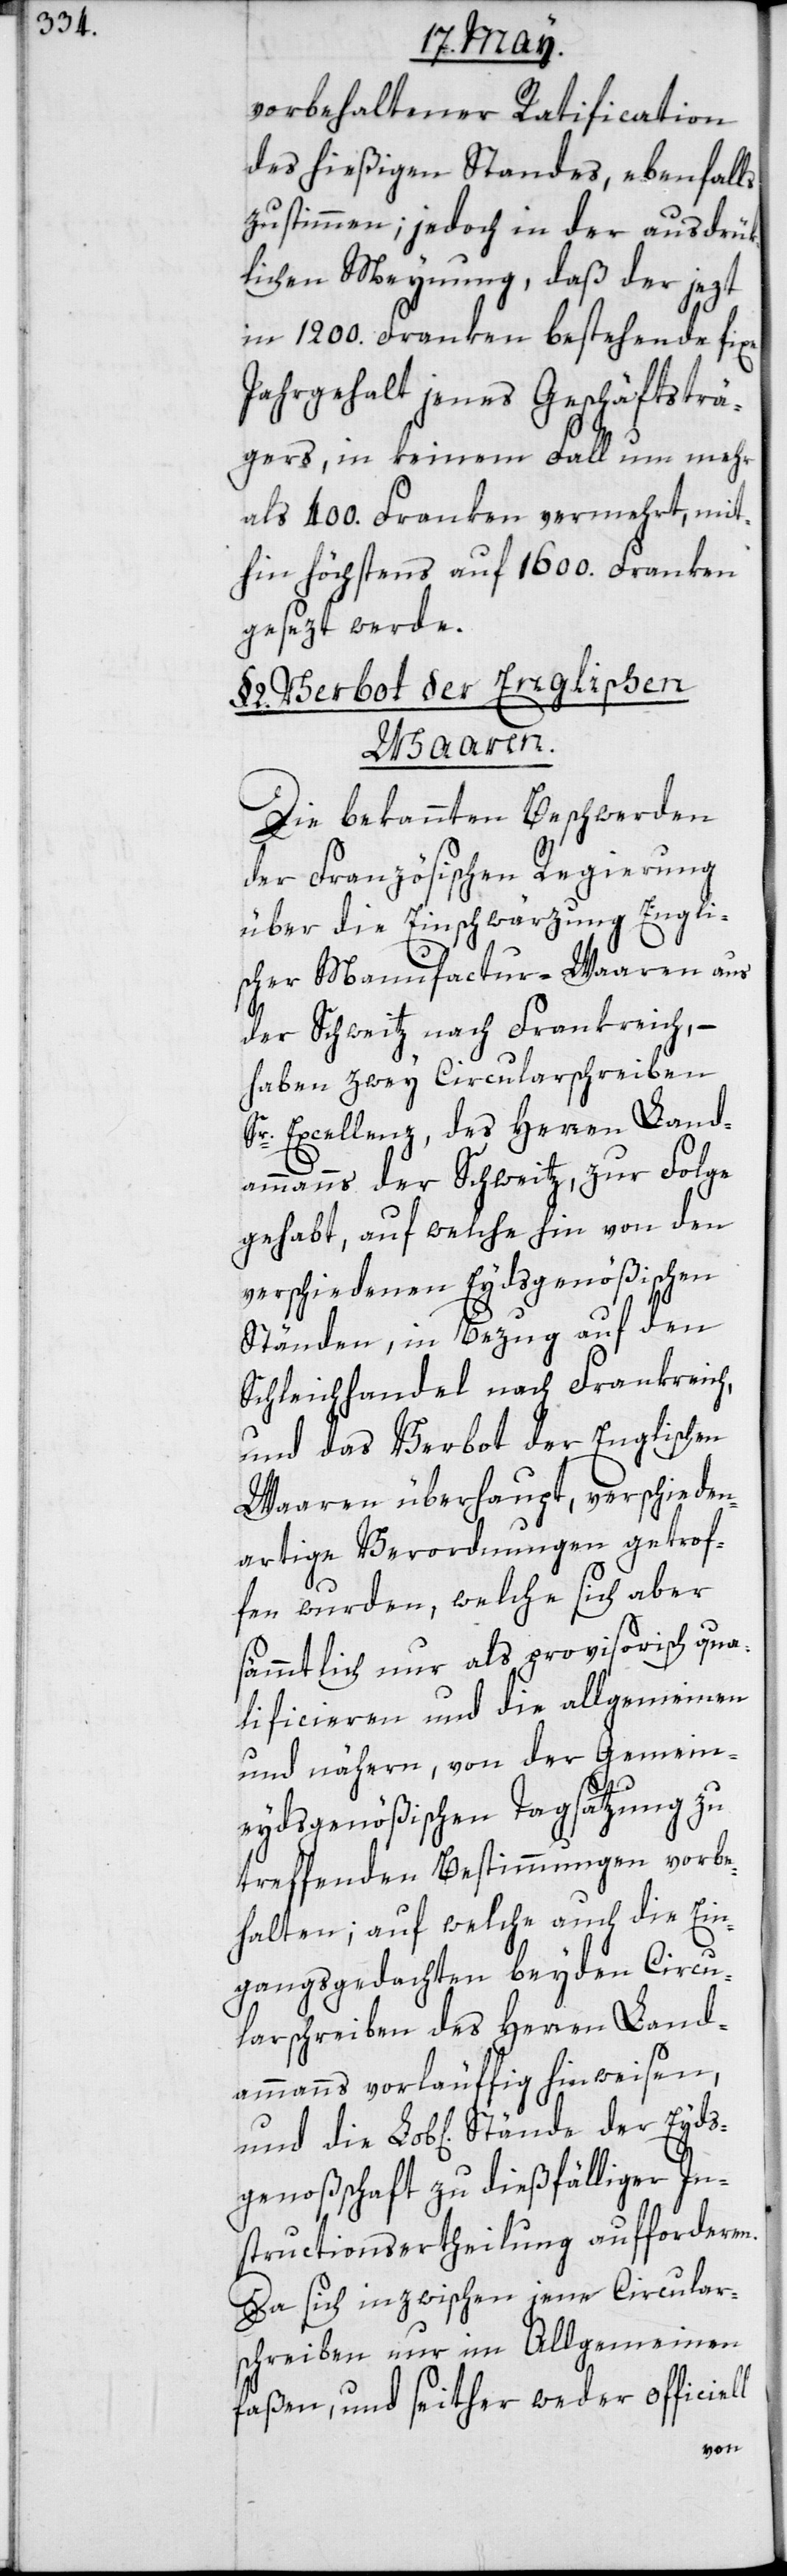
vorbehaltener Ratification
des hießigen Standes, ebenfalls
zustimmen; jedoch in der ausdrük¬
lichen Meynung, daß der jezt
in 1200. Franken bestehende fixe
Jahrgehalt jenes Geschäftsträ¬
gers, in keinem Fall um mehr
als 400. Franken vermehrt, mit¬
hin höchstens auf 1600. Franken
gesetzt werde.
2. Verbot der Englischen
der Eyds¬
Die bekannten Beschwerden
der Französischen Regierung
über die Einschwärzung Engli¬
scher Manufactur-Waaren aus
der Schweitz nach Frankreich, –
haben zwey Circularschreiben
Sr. Excellenz, des Herren Land¬
ammanns der Schweitz, zur Folge
gehabt, auf welche hin von den
verschiedenen Eydsgenößischen
Ständen, in Bezug auf den
Schleichhandel nach Frankreich,
und das Verbot der Englischen
Waaren überhaupt, verschieden¬
artige Verordnungen getrof¬
fen wurden, welche sich aber
sämmtlich nur als provisorisch qua¬
lificieren und die allgemeinen
und nähern, von der Gemein¬
eydsgenößischen Tagsatzung zu
treffenden Bestimmungen vorbe¬
halten; auf welche auch die Ein¬
gangsgedachten beyden Circu¬
larschreiben des Herren Land¬
ammanns vorläuffig hinweisen,
genoßenschaft zu dießfälliger In¬
structions-Ertheilungen aufforderen.
Da sich inzwischen jene Circular¬
schreiben nur im Allgemeinen
faßen, und seither weder officiell